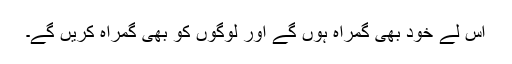
اس لے خود بھی گمراہ ہوں گے اور لوگوں کو بھی گمراہ کریں گے۔